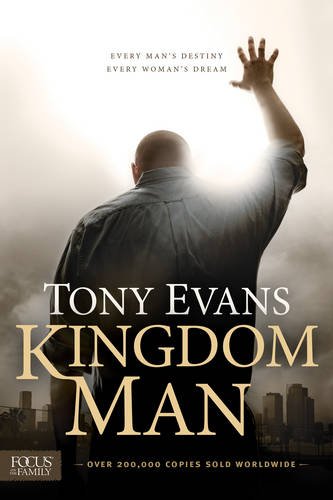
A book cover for Kingdom Man: Every Man's Destiny, Every Woman's Dream; Tony Evans; Christian Books & Bibles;